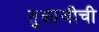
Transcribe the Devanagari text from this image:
तुळाजीची